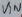
Text: VIN